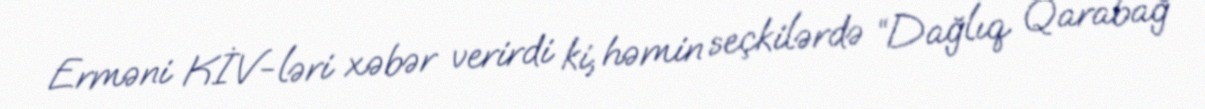
Erməni KİV-ləri xəbər verirdi ki, həmin seçkilərdə “Dağlıq Qarabağ